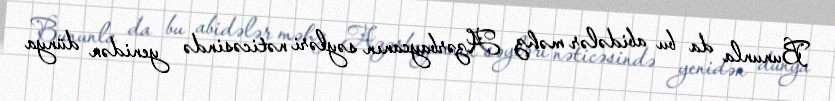
Bununla da bu abidələr məhz Azərbaycanın səyləri nəticəsində yenidən dünya